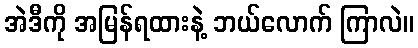
အဲဒီကို အမြန်ရထားနဲ့ ဘယ်လောက် ကြာလဲ။